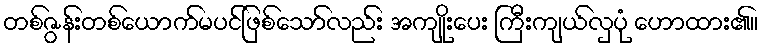
တစ်ဇွန်းတစ်ယောက်မပင်ဖြစ်သော်လည်း အကျိုးပေး ကြီးကျယ်လှပုံ ဟောထား၏။